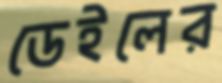
ডেইলের